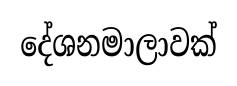
දේශනමාලාවක්